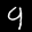
Label: 9